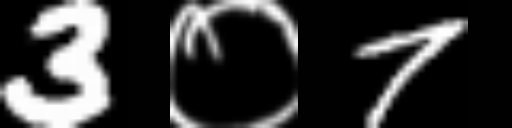
Text: 3०7